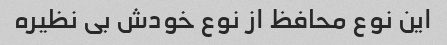
این نوع محافظ از نوع خودش بی نظیره